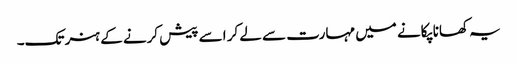
یہ کھانا پکانے میں مہارت سے لے کر اسے پیش کرنے کے ہنر تک۔